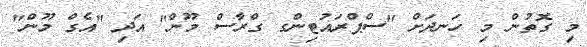
މި ގޮތުން މި ހަނދަށް "ސްޕްރައުޓިންގ ގްރާސް މޫން" އަދި "އެގް މޫން"